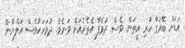
އަޑަށް ބޭރުގާ ހުރި އީތަން ވެސް ދުވެފާ އެތެރެއަށް ވަނެވެ. ދުވަހަކުވެސް އަލްޔާން